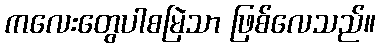
ကလေးတွေပါစမြဲသာ ဖြစ်လေသည်။